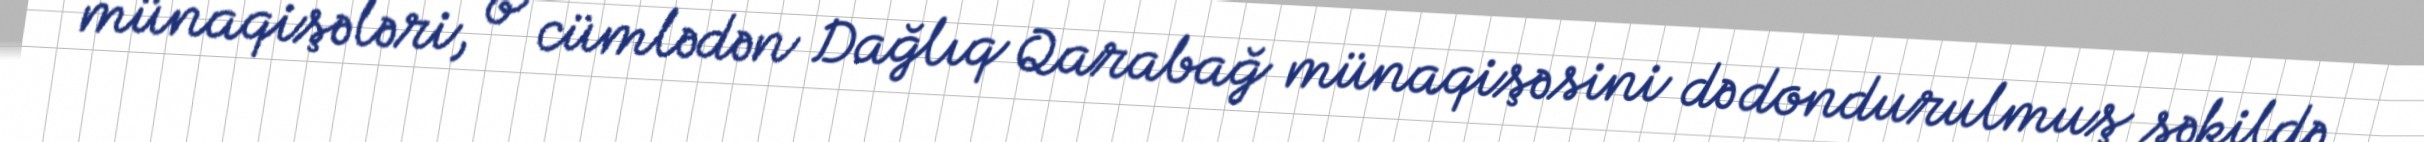
münaqişələri, o cümlədən Dağlıq Qarabağ münaqişəsini də dondurulmuş şəkildə